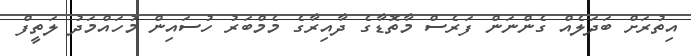
އިތުރަށް ބަދަލެއް ގެންނަން ފަރެސް މާތޮޑާގެ ދާއިރާގެ މެމްބަރު ހުސައިން މުހައްމަދު ލަތީފް